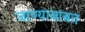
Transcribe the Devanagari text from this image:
जाण्याबाबत